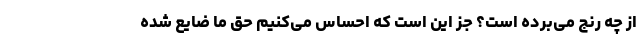
از چه رنج می‌برده است؟ جز این است که احساس می‌کنیم حق ما ضایع شده